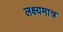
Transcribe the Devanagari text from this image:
लक्ष्यमात्र